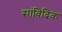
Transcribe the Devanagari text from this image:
सांविदिक